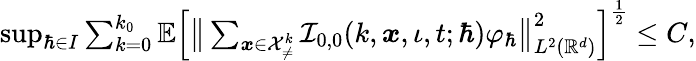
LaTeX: \begin{array}{r}{\operatorname*{sup}_{\hbar\in I}\sum_{k=0}^{k_{0}}\mathbb{E}\Big[\big\lVert\sum_{\boldsymbol{x}\in\mathcal{X}_{\neq}^{k}}\mathcal{I}_{0,0}(k,\boldsymbol{x},\iota,t;\hbar)\varphi_{\hbar}\big\rVert_{L^{2}(\mathbb{R}^{d})}^{2}\Big]^{\frac{1}{2}}\leq C,}\end{array}